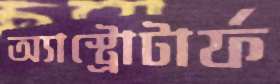
অ্যাস্ট্রোটার্ফ